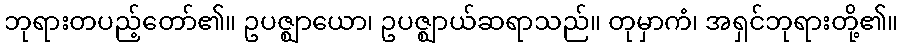
ဘုရားတပည့်တော်၏။ ဥပဇ္ဈာယော၊ ဥပဇ္ဈာယ်ဆရာသည်။ တုမှာကံ၊ အရှင်ဘုရားတို့၏။